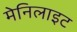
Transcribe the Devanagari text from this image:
मेनिलाइट